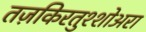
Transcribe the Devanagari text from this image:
तज़किरतुश्शोअरा